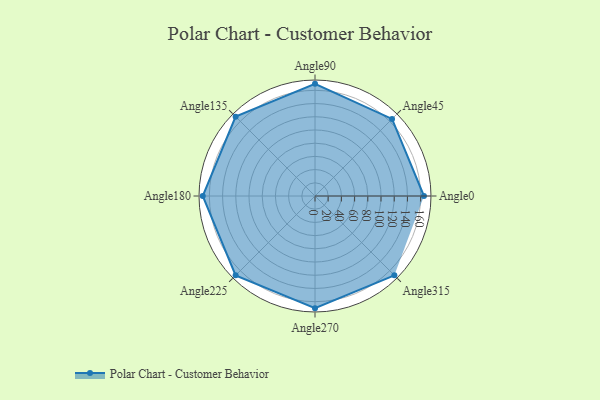
{"axis": {"x": "Angle", "y": "Radius"}, "legend": [""], "data": [{"x": "Angle0", "y": 165.0, "type": ""}, {"x": "Angle45", "y": 165.0, "type": ""}, {"x": "Angle90", "y": 170, "type": ""}, {"x": "Angle135", "y": 170, "type": ""}, {"x": "Angle180", "y": 170, "type": ""}, {"x": "Angle225", "y": 170, "type": ""}, {"x": "Angle270", "y": 170, "type": ""}, {"x": "Angle315", "y": 170, "type": ""}]}